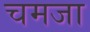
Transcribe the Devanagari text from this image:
चमजा